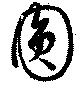
円